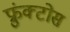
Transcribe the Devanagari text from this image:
फ्रुंक्टोस